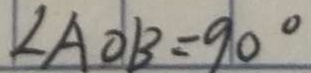
\angle A O B = 9 0 ^ { \circ }